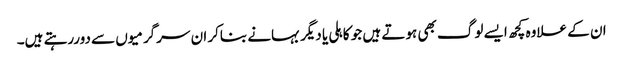
ان کے علاوہ کچھ ایسے لوگ بھی ہوتے ہیں جو کاہلی یا دیگر بہانے بناکر ان سرگرمیوں سے دوررہتے ہیں۔